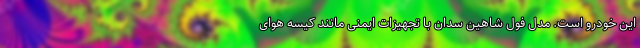
این خودرو است. مدل فول شاهین سدان با تجهیزات ایمنی مانند کیسه هوای